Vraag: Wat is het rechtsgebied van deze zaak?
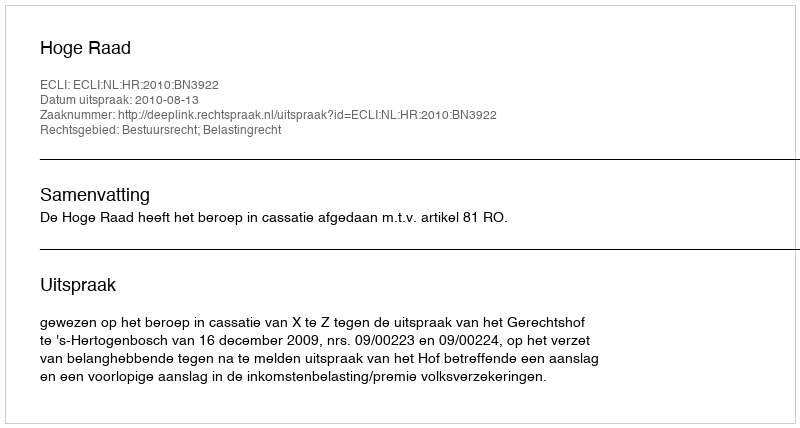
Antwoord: Bestuursrecht; Belastingrecht